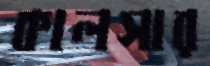
কালসার